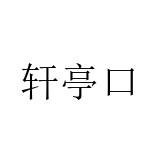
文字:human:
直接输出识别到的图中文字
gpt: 轩亭口